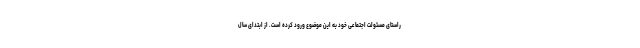
راستای مسئولت اجتماعی خود به این موضوع ورود کرده است. از ابتدای سال